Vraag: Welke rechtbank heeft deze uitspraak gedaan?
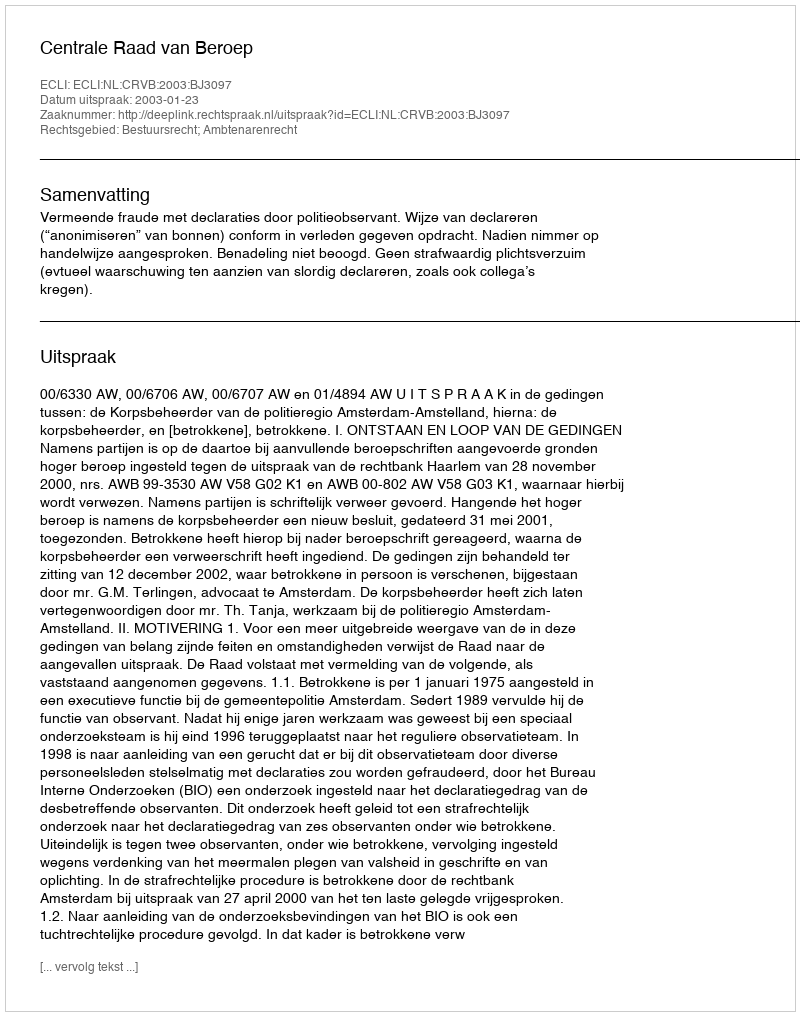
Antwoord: Centrale Raad van Beroep